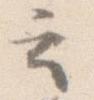
云